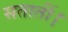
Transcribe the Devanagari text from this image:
सतातीं।